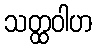
သတ္ထဝါဟ